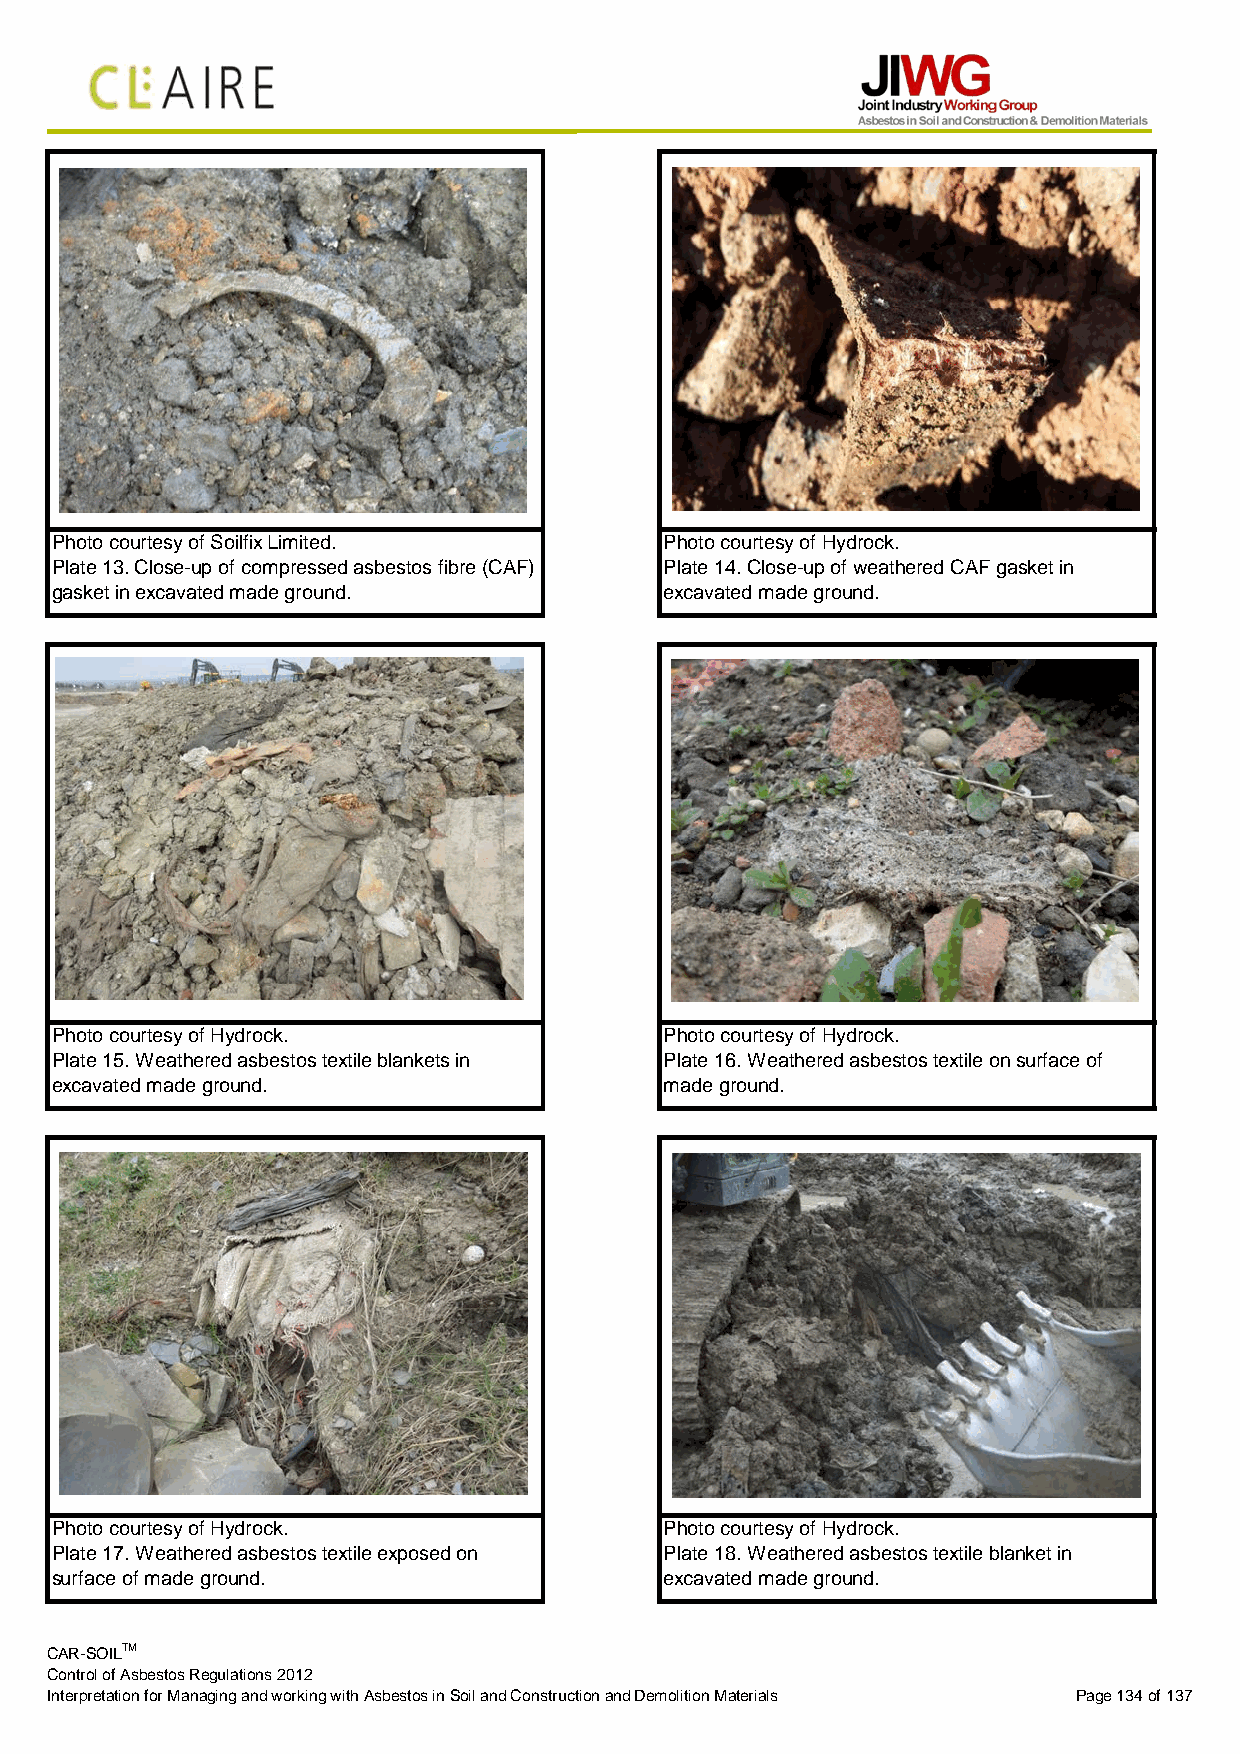
Photo courtesy of Soilfix Limited.      Photo courtesy of Hydrock.
 Plate 13. Close-up of compressed asbestos fibre (CAF) Plate 14. Close-up of weathered CAF gasket in
 gasket in excavated made ground.        excavated made ground.
 Photo courtesy of Hydrock.              Photo courtesy of Hydrock.
 Plate 15. Weathered asbestos textile blankets in Plate 16. Weathered asbestos textile on surface of
 excavated made ground.                  made ground.
 Photo courtesy of Hydrock.              Photo courtesy of Hydrock.
 Plate 17. Weathered asbestos textile exposed on Plate 18. Weathered asbestos textile blanket in
 surface of made ground.                 excavated made ground.
 CAR-SOILTM
 Control of Asbestos Regulations 2012
 Interpretation for Managing and working with Asbestos in Soil and Construction and Demolition Materials Page 134 of 137